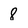
Character: 8